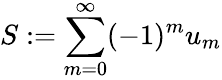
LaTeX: S:=\sum_{m=0}^{\infty}(-1)^{m}u_{m}